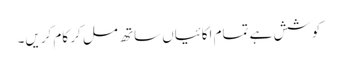
کوشش ہے تمام اکائیاں ساتھ مل کر کام کریں۔